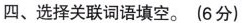
四、选择关联词语填空。(6分)